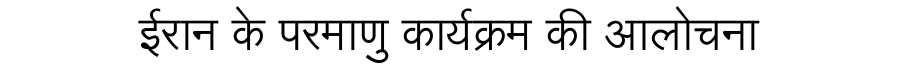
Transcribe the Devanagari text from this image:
ईरान के परमाणु कार्यक्रम की आलोचना